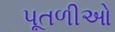
પૂતળીઓ